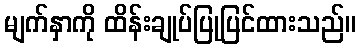
မျက်နှာကို ထိန်းချုပ်ပြုပြင်ထားသည်။